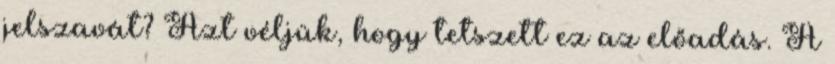
jelszavát? Azt véljük, hogy tetszett ez az előadás. A